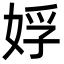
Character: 娐